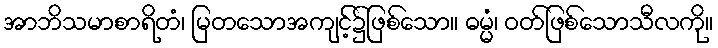
အာဘိသမာစာရိတံ၊ မြတသောအကျင့်၌ဖြစ်သော။ ဓမ္မံ၊ ဝတ်ဖြစ်သောသီလကို။